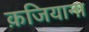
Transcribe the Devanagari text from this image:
क़जियाना